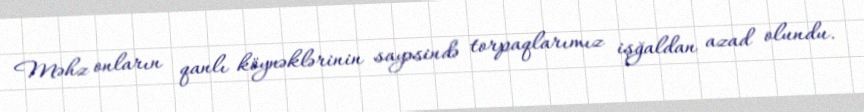
Məhz onların qanlı köynəklərinin sayəsində torpaqlarımız işğaldan azad olundu.